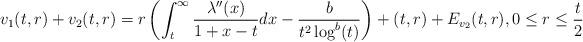
LaTeX: \begin{align*} v_{1}(t,r) + v_{2}(t,r) = r \left(\int_{t}^{\infty} \frac{\lambda''(x)}{1+x-t} dx -\frac{b}{t^{2}\log^{b}(t)}\right) +(t,r) + E_{v_{2}}(t,r), 0 \leq r \leq \frac{t}{2}\end{align*}